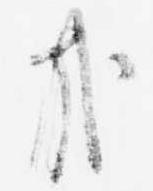
哉